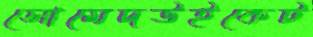
সোমেদউইকেট